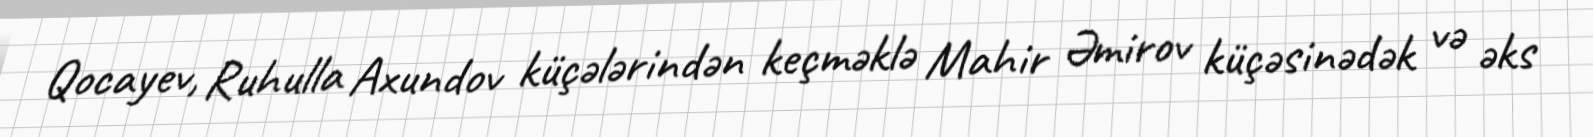
Qocayev, Ruhulla Axundov küçələrindən keçməklə Mahir Əmirov küçəsinədək və əks